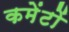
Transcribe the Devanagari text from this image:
कमेंटों